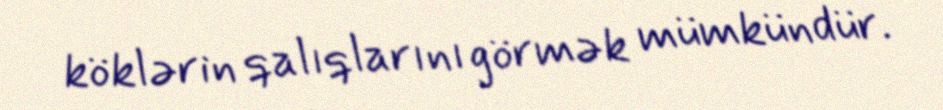
köklərin qalıqlarını görmək mümkündür.